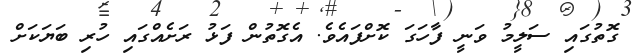
ގޮތުގައި ސަލީމު ވަނީ ފާހަގަ ކޮށްފައެވެ. އެގޮތުން ފަޅު ރަށެއްގައި ހުރި ބަޔަކަށް